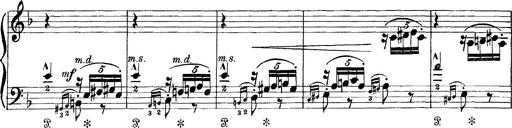
Title: Scherzo und Marsch
Composer: Franz Liszt